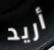
أريد